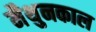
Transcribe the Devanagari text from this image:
मैथुनकाल